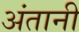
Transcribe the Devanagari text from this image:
अंतानी